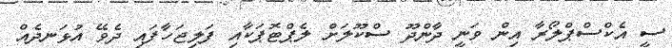
ސީ އެކްސްޕްލޯރާ އިން ވަނީ ދާންދޫ ސްކޫލަށް ލެޕްޓޮޕަކާއި ފަލިޖަހާފައި ދެވޭ އުޅަނދެއް